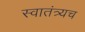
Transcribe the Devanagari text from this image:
स्वातंत्र्यच